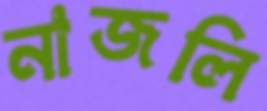
নাজলি